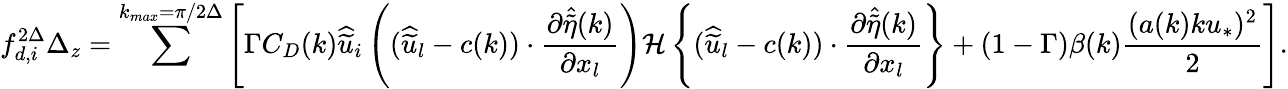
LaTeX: {f_{d,i}^{2\Delta}}\Delta_{z}=\sum^{k_{max}=\pi/2\Delta}\left[\Gamma C_{D}(k)\widehat{\widetilde{u}}_{i}\left((\widehat{\widetilde{u}}_{l}-c(k))\cdot\frac{\partial\widehat{\widetilde{\eta}}(k)}{\partial x_{l}}\right){\mathcal{H}\left\{ (\widehat{\widetilde{u}}_{l}-c(k))\cdot\frac{\partial\widehat{\widetilde{\eta}}(k)}{\partial x_{l}}\right\} }+(1-\Gamma)\beta(k)\frac{(a(k)ku_{*})^{2}}{2}\right].